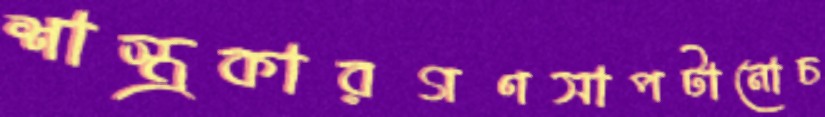
শাস্ত্রকারগণসাপটানোচ